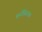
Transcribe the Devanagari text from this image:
बर्नस्विज्क